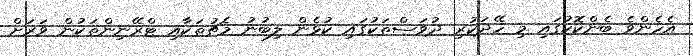
އެހެންވެ ބެންކޮކުގައި މި ހޭދަކުރި ދުވަސްތަކުގައި ކުޅެން ލިބުނު މެޗުތަކާއި ޓްރޭނިންތަކުން ވަރަށް